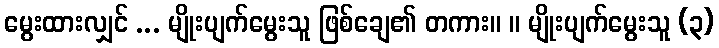
မွေးထားလျှင် ... မျိုးပျက်မွေးသူ ဖြစ်ချေ၏ တကား။ ။ မျိုးပျက်မွေးသူ (၃)